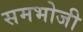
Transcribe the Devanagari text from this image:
समभोजी